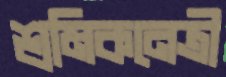
শ্রমিকনেত্রী